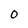
Character: O